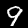
Label: 9